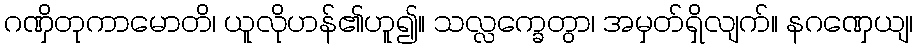
ဂဏှိတုကာမောတိ၊ ယူလိုဟန်၏ဟူ၍။ သလ္လက္ခေတွာ၊ အမှတ်ရှိလျက်။ နဂဏှေယျ၊